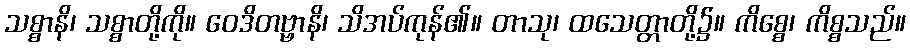
သစ္စာနိ၊ သစ္စာတို့ကို။ ဝေဒိတဗ္ဗာနိ၊ သိအပ်ကုန်၏။ တာသု၊ ထသေတ္တာတို့၌။ ကိစ္စေ၊ ကိစ္စသည်။